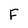
Character: F